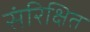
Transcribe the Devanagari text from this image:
संरिक्षित